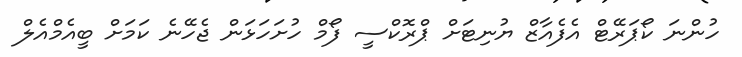
ހުންނަ ކޯޕަރޭޓް އެފެއާޒް ޔުނިޓަށް ޕްރޮކްސީ ފޯމް ހުށަހަޅަން ޖެހޭނެ ކަމަށް ބީއެމްއެލް